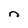
Character: n